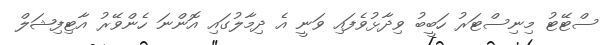
ސްޓޭޓު މިނިސްޓަރު ހަބީބު ވިދާޅުވެފައި ވަނީ އެ ދިމާލުގައި އޮންނަ ހެންވޭރު އާޓިފިޝަލް